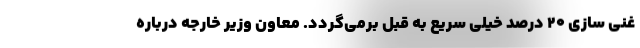
غنی سازی ۲۰ درصد خیلی سریع به قبل برمی‌گردد. معاون وزیر خارجه درباره